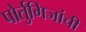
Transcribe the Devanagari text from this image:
पोर्तुगिजांची